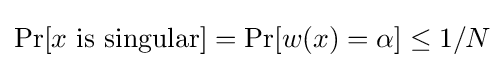
\Pr[x{\text{ is singular}}]=\Pr[w(x)=\alpha ]\leq 1/N